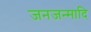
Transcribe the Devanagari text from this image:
जनजन्मादि